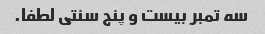
سه تمبر بیست و پنج سنتی لطفا.